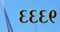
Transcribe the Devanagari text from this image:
६६६९